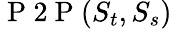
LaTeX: \mathrm{~P~2~P~}(S_{t},S_{s})